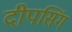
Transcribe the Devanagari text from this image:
दीपसिंग